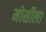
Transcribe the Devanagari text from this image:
मोर्सीला